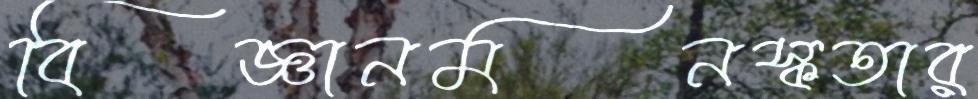
বিজ্ঞানমনস্কতার